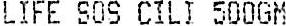
LIFE SOS CILI 500GM